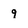
Character: 9